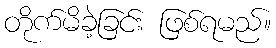
တိုက်မိခဲ့ခြင်း ဖြစ်ရမည်။